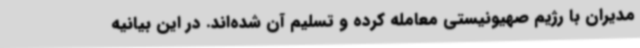
مدیران با رژیم صهیونیستی معامله کرده و تسلیم آن شده‌اند. در این بیانیه